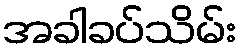
အခါခပ်သိမ်း